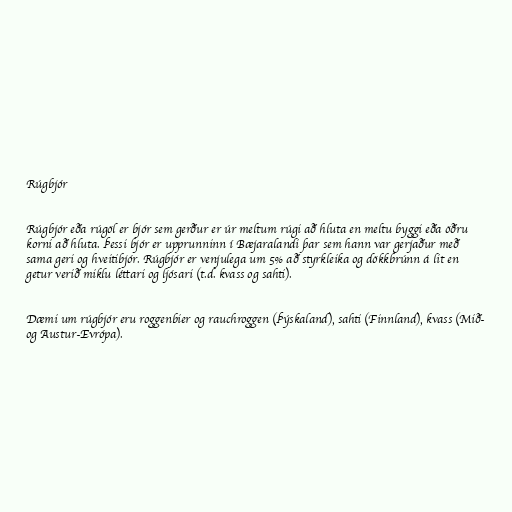
Rúgbjór

Rúgbjór eða rúgöl er bjór sem gerður er úr meltum rúgi að hluta en meltu byggi eða öðru
korni að hluta. Þessi bjór er upprunninn í Bæjaralandi þar sem hann var gerjaður með
sama geri og hveitibjór. Rúgbjór er venjulega um 5% að styrkleika og dökkbrúnn á lit en
getur verið miklu léttari og ljósari (t.d. kvass og sahti).

Dæmi um rúgbjór eru roggenbier og rauchroggen (Þýskaland), sahti (Finnland), kvass (Mið-
og Austur-Evrópa).